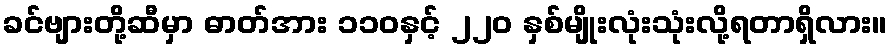
ခင်ဗျားတို့ဆီမှာ ဓာတ်အား ၁၁၀နှင့် ၂၂၀ နှစ်မျိုးလုံးသုံးလို့ရတာရှိလား။